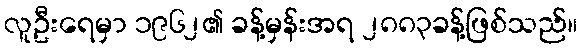
လူဦးရေမှာ ၁၉၆၂၏ ခန့်မှန်းအရ ၂၈၈၃ခန့်ဖြစ်သည်။